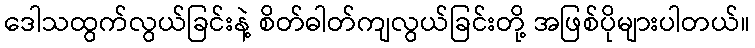
ဒေါသထွက်လွယ်ခြင်းနဲ့ စိတ်ဓါတ်ကျလွယ်ခြင်းတို့ အဖြစ်ပိုများပါတယ်။